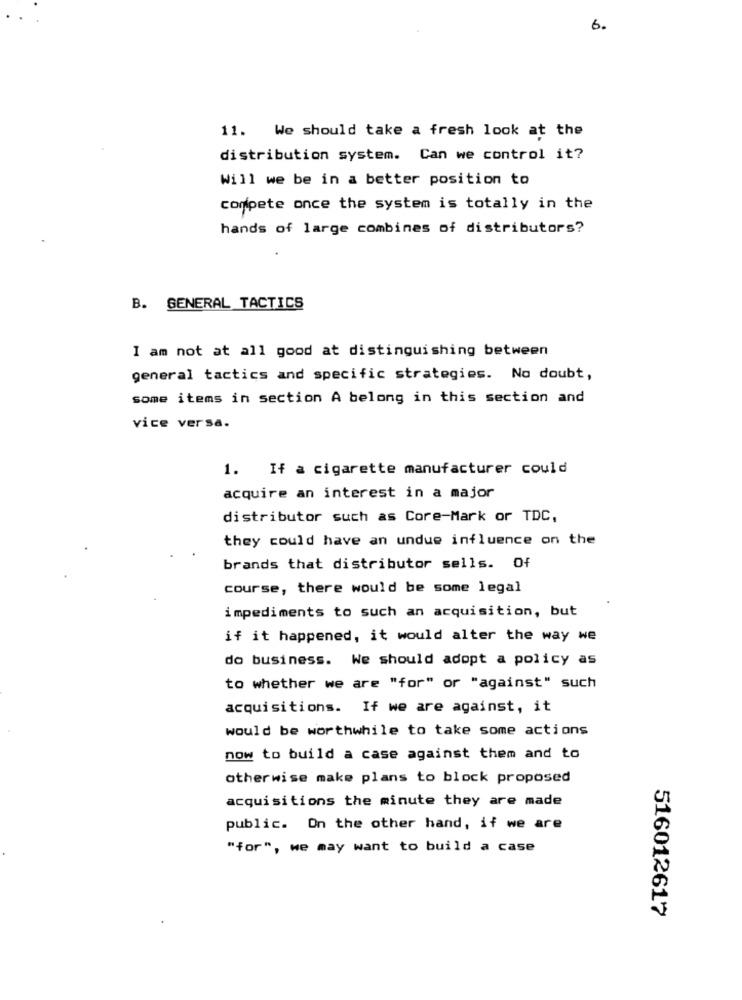
6.
11. We should take a fresh look at the
distribution system. Can we control it?
Will we be in a better position to
compete once the system is totally in the
hands of large combines of distributors?
B. GENERAL TACTICS
I am not at all good at distinguishing between
general tactics and specific strategies. No doubt,
some items in section A belong in this section and
vice versa.
1. If a cigarette manufacturer could
acquire an interest in a major
distributor such as Core-Mark or TDC,
they could have an undue influence on the
brands that distributor sells. Of
course, there would be some legal
impediments to such an acquisition, but
if it happened, it would alter the way we
do business. We should adopt a policy as
to whether we are "for" or "against" such
acquisitions. If we are against, it
would be worthwhile to take some actions
now to build a case against them and to
otherwise make plans to block proposed
acquisitions the minute they are made
public. On the other hand, if we are
"for", we may want to build a case
516012617